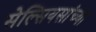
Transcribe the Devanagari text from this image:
सेल्सियसांच्या